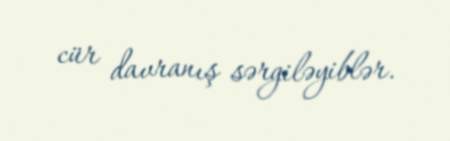
cür davranış sərgiləyiblər.